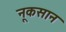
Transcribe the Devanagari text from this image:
नूकसान